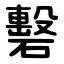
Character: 礊